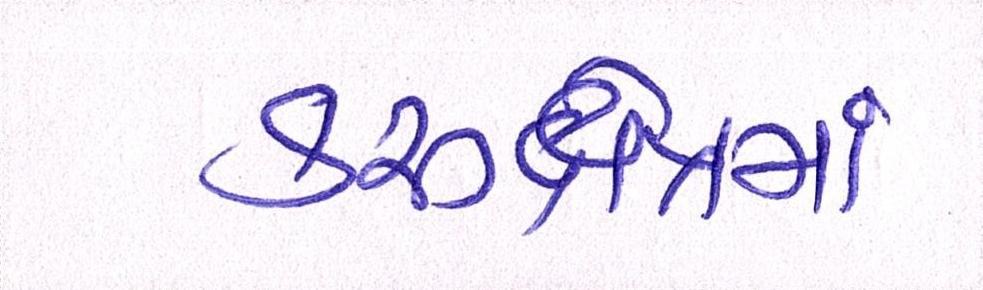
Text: કરુક્ષેત્રમાં